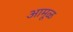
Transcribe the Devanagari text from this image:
आमूळ